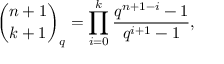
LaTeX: { \binom { n + 1 } { k + 1 } } _ { q } = \prod _ { i = 0 } ^ { k } { \frac { q ^ { n + 1 - i } - 1 } { q ^ { i + 1 } - 1 } } ,